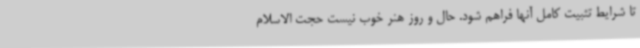
تا شرایط تثبیت کامل آنها فراهم شود. حال و روز هنر خوب نیست حجت الاسلام